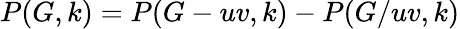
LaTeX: P(G,k)=P(G-uv,k)-P(G/uv,k)